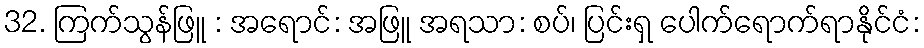
32. ကြက်သွန်ဖြူ : အရောင်: အဖြူ အရသာ: စပ်၊ ပြင်းရှ ပေါက်ရောက်ရာနိုင်ငံ: